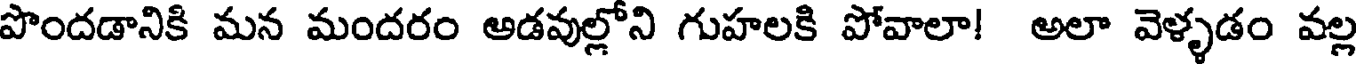
పొందడానికి మన మందరం అడవుల్లోని గుహలకి పోవాలా! అలా వెళ్ళడం వల్ల